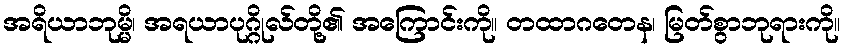
အရိယာဘုမ္မိ၊ အရယာပုဂ္ဂိုလ်တို့၏ အကြောင်းကို။ တထာဂတေန၊ မြတ်စွာဘုရားကို။